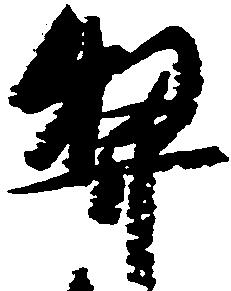
契